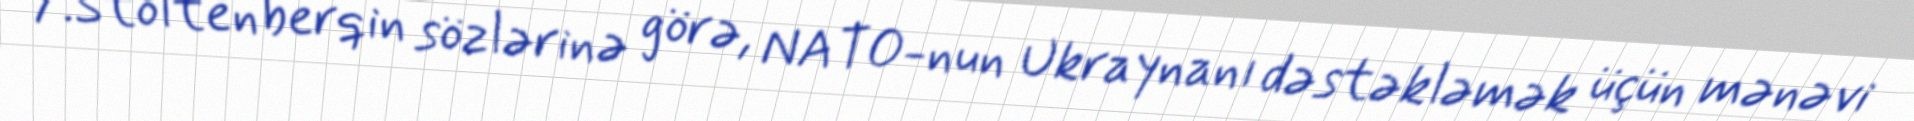
Y.Stoltenberqin sözlərinə görə, NATO-nun Ukraynanı dəstəkləmək üçün mənəvi